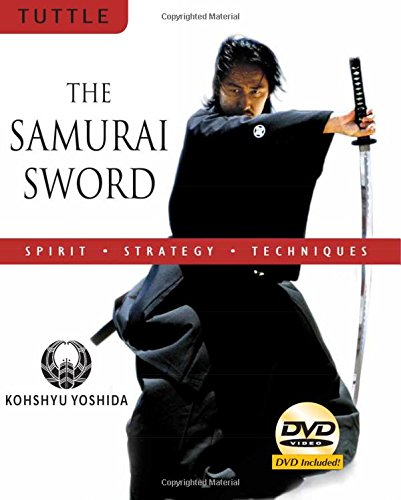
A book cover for The Samurai Sword: Spirit * Strategy * Techniques: [DVD INCLUDED]; Kohshyu Yoshida; Sports & Outdoors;